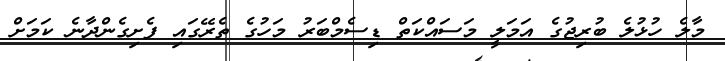
މާލެ ހުޅުލެ ބުރިޖުގެ އަމަލީ މަސައްކަތް ޑިސެމްބަރު މަހުގެ ތެރޭގައި ފެށިގެންދާނެ ކަމަށް